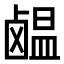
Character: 𫜊